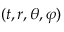
( t , r , \theta , \varphi )